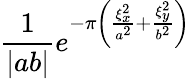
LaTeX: {\frac{1}{|ab|}}e^{-\pi\left({\frac{\xi_{x}^{2}}{a^{2}}}+{\frac{\xi_{y}^{2}}{b^{2}}}\right)}